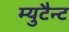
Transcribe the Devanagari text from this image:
म्युटैन्ट